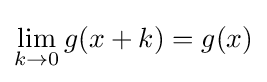
\lim _{k\to 0}g(x+k)=g(x)